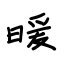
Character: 暖